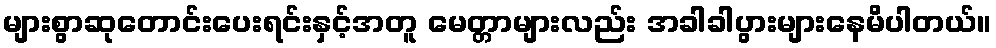
များစွာဆုတောင်းပေးရင်းနှင့်အတူ မေတ္တာများလည်း အခါခါပွားများနေမိပါတယ်။